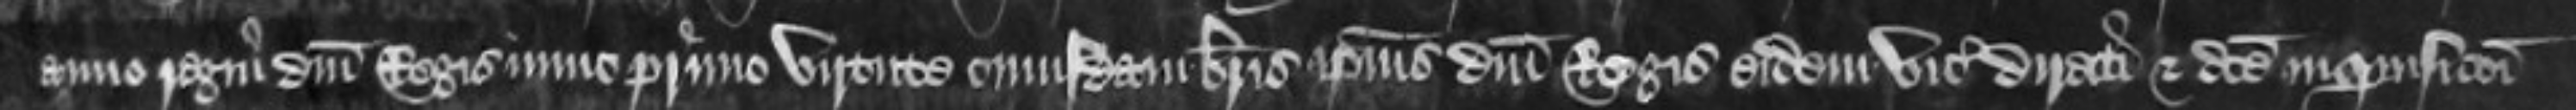
anno regni domini Regis nunc primo virtute cuiusdam brevis ipsius domini Regis eidem vicecomiti directi et dicte inquisitioni